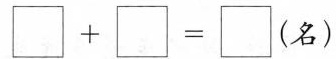
\Box +\Box =\Box (名）